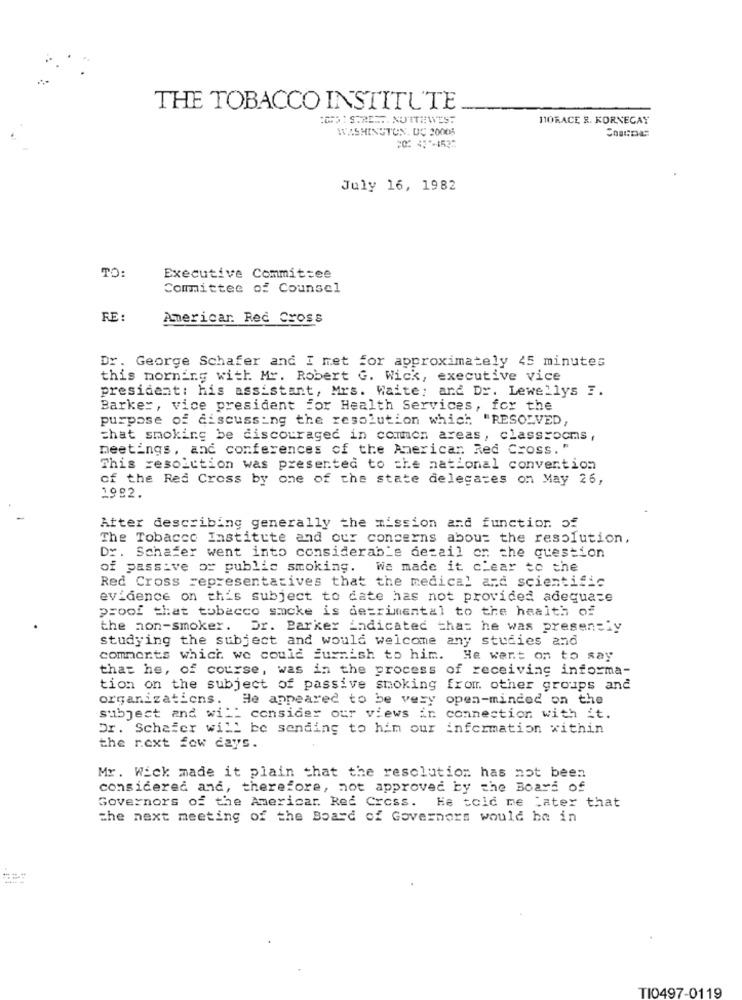
THE TOBACCO INSTITUTE
:27): STREET. NOTTEWEST
110RACE 8. KORNEGAY
WASHINGTON, DC 20005
July 16, 1982
TO:
Executive Committee
Committee of Counsel
RE:
Americar. Red Cross
Dr. George Schafer and I met for approximately 45 minutes
this morning with Mr. Robert G. Wick, executive vice
president: his assistant, Mrs. Waite; and Dr. Lewellys E.
Barker, vice president for Health Services, for the
purpose of discussing the resolution which "RESOLVED,
that smoking be discouraged in common areas, classrooms,
meetings, and conferences of the American Red Cross. "
This resolution was presented to the national convention
of the Red Cross by one of the state delegates on May 26,
1992.
Atter describing generally the mission and function of
The Tobacco Institute and our concerns about the resolution,
Dr. Schafer went into considerab's detail on the question
of passive or public smoking. We made it clear to the
Red Cross representatives that the medical and scientific
evidence on this subject to date has not provided adequate
proof that tobacco smoke is detrimental to the health of
the non-smoker. Dr. Parker indicated that he was presently
studying the subject and would welcome any studies and
comments which we could furnish to him. He went on to say
that he, of course, was in the process of receiving informa-
tion on the subject of passive smoking from other groups and
organizations. He appeared to be very open-minded on the
subject and will consider our views in connection with it.
Dr. Schafer will be sending to him our information within
the next few days.
Mr. Wick made it plain that the resolution has not been
considered and, therefore, not approved by the Board of
Governors of the Americar. Red Cross. He told me Later that
the next meeting of the Board of Governors would be in
TI0497-0119